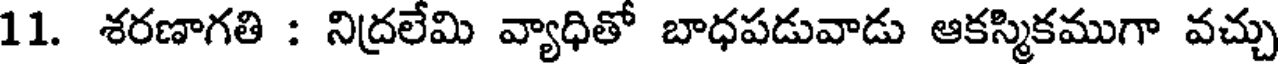
11. శరణాగతి : నిద్రలేమి వ్యాధితో బాధపడువాడు ఆకస్మికముగా వచ్చు